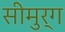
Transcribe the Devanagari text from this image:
सीमुर्ग